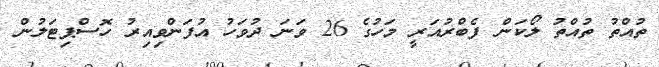
ތުއްތު ތުއްތު ލޯކަން ފެބްރުއަރީ މަހުގެ 26 ވަނަ ދުވަހު އުފަންވިއިރު ހޮސްޕިޓަލުން